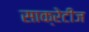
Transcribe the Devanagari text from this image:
साक्रेटीज